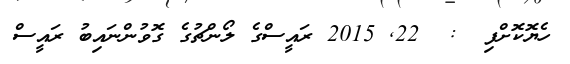
ހެޔޮކޮށްފި  :  22